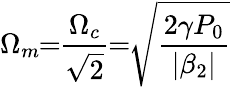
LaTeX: \Omega_{m}\! \! =\! \! \frac{\Omega_{c}}{\sqrt{2}}\! \! =\! \! \sqrt{\frac{2\gamma P_{0}}{|\beta_{2}|}}